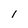
Character: I